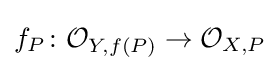
f_{P}\colon {\mathcal {O}}_{Y,f(P)}\to {\mathcal {O}}_{X,P}